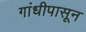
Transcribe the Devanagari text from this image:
गांधीपासून